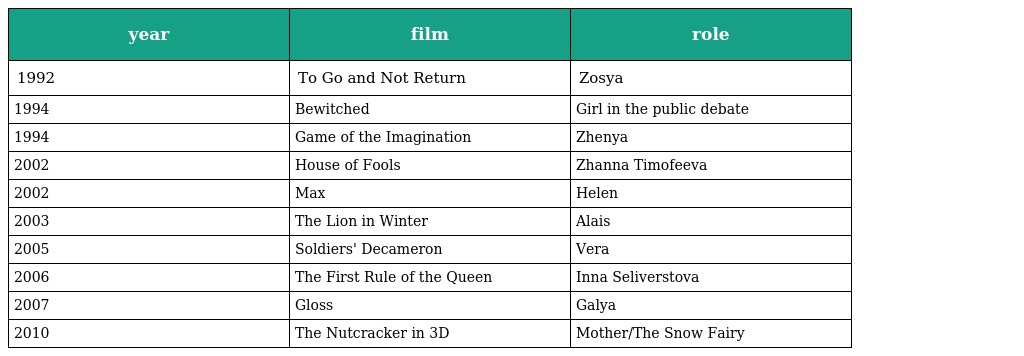
| year | film | role |
 | --- | --- | --- |
 | 1992 | To Go and Not Return | Zosya |
 | 1994 | Bewitched | Girl in the public debate |
 | 1994 | Game of the Imagination | Zhenya |
 | 2002 | House of Fools | Zhanna Timofeeva |
 | 2002 | Max | Helen |
 | 2003 | The Lion in Winter | Alais |
 | 2005 | Soldiers' Decameron | Vera |
 | 2006 | The First Rule of the Queen | Inna Seliverstova |
 | 2007 | Gloss | Galya |
 | 2010 | The Nutcracker in 3D | Mother/The Snow Fairy |